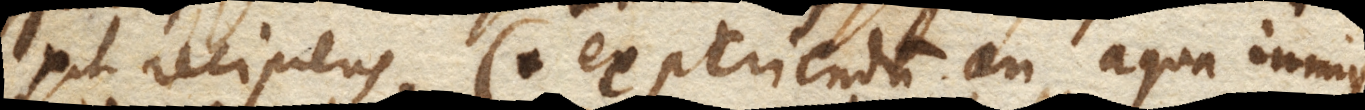
xit recipiens. (+ Experiendum an aqua immis–